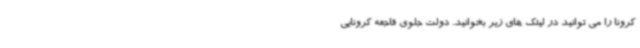
کرونا را می توانید در لینک های زیر بخوانید. دولت جلوی فاجعه کرونایی